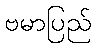
ဗမာပြည်